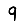
Digit: 9